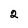
Character: 2